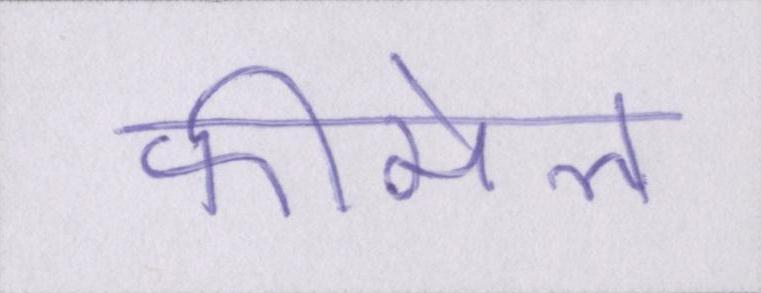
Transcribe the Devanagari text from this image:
फीमेल